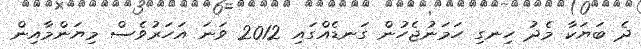
ދެ ބަޔަކާ މެދު ހިނގި ހަމަނުޖެހުން ގަނޑެއްގައި 2012 ވަނަ އަަހަރުވެސް މިޔަންމާއިން